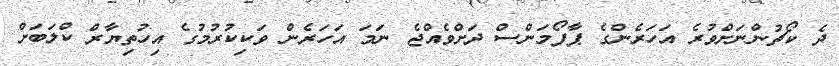
ދެ ކޯޗުންނަށްވުރެ އަހަރެންގެ ޕާފޯމަންސް ދަށްވެއްޖެ ނަމަ އަހަރެން ވަކިކުރުމުގެ އިހުތިޔާރް ކްލަބަށް